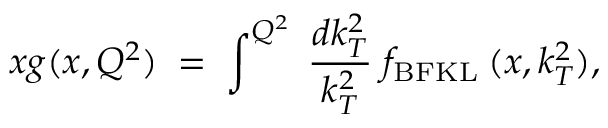
x g ( x , Q ^ { 2 } ) \; = \; \int ^ { Q ^ { 2 } } \; \frac { d k _ { T } ^ { 2 } } { k _ { T } ^ { 2 } } \; f _ { \mathrm { B F K L } } \: ( x , k _ { T } ^ { 2 } ) ,